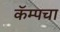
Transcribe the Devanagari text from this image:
कॅम्पचा